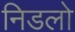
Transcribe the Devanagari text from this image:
निडलो